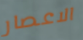
الاعصار